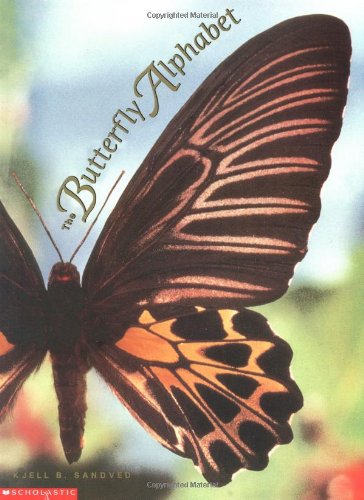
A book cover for The Butterfly Alphabet (tr Pb); Kjell B Sandved; Children's Books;